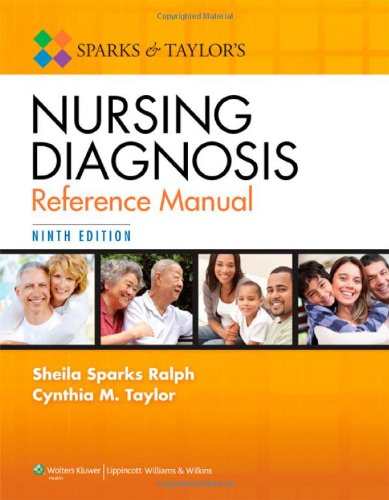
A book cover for Sparks and Taylor's Nursing Diagnosis Reference Manual 9th edition; Sheila S. Ralph; Medical Books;